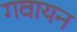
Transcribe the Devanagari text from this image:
गवायन